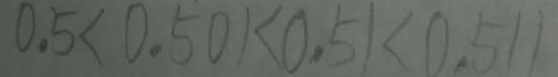
0 . 5 < 0 . 5 0 1 < 0 . 5 1 < 0 . 5 1 1